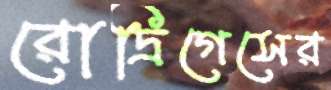
রোদ্রিগেসের